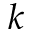
k